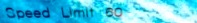
Speed Limit 60